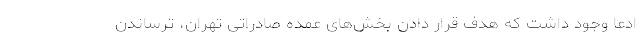
ادعا وجود داشت که هدف قرار دادن بخش‌های عمده صادراتی تهران، ترساندن